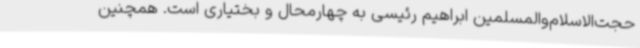
حجت‌الاسلام‌والمسلمین ابراهیم رئیسی به چهارمحال و بختیاری است. همچنین